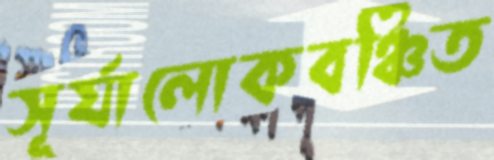
সূর্যালোকবঞ্চিত